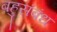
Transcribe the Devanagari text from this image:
बहुसंबंध